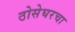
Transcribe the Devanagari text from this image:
ठोसेघरचा